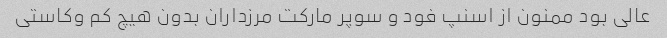
عالی بود ممنون از اسنپ فود و سوپر مارکت مرزداران بدون هیچ کم وکاستی